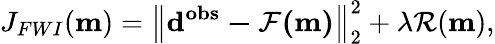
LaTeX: J_{FWI}(\mathbf{\textbf{m}})=\left\lVert\mathbf{d^{obs}-\mathcal{F}(\textbf{m})}\right\rVert_{2}^{2}+\lambda\mathcal{R}(\textbf{m}),